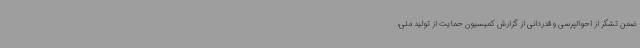
ضمن تشکر از احوالپرسی و قدردانی از گزارش کمیسیون حمایت از تولید ملی،